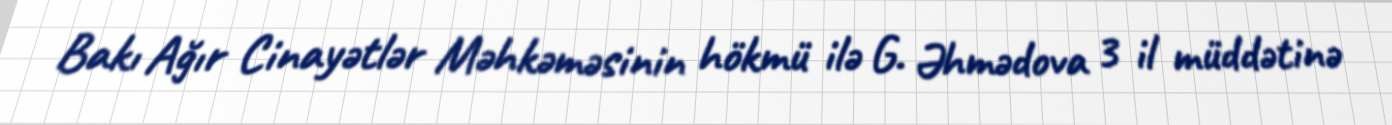
Bakı Ağır Cinayətlər Məhkəməsinin hökmü ilə G. Əhmədova 3 il müddətinə